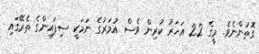
ގޮތުންނެވެ. މީގެ 22 އަހަރު ކުރިން ވެސް އުމަރުގެ ނަމަކީ ސިފައިންގެ ތެރޭގައި